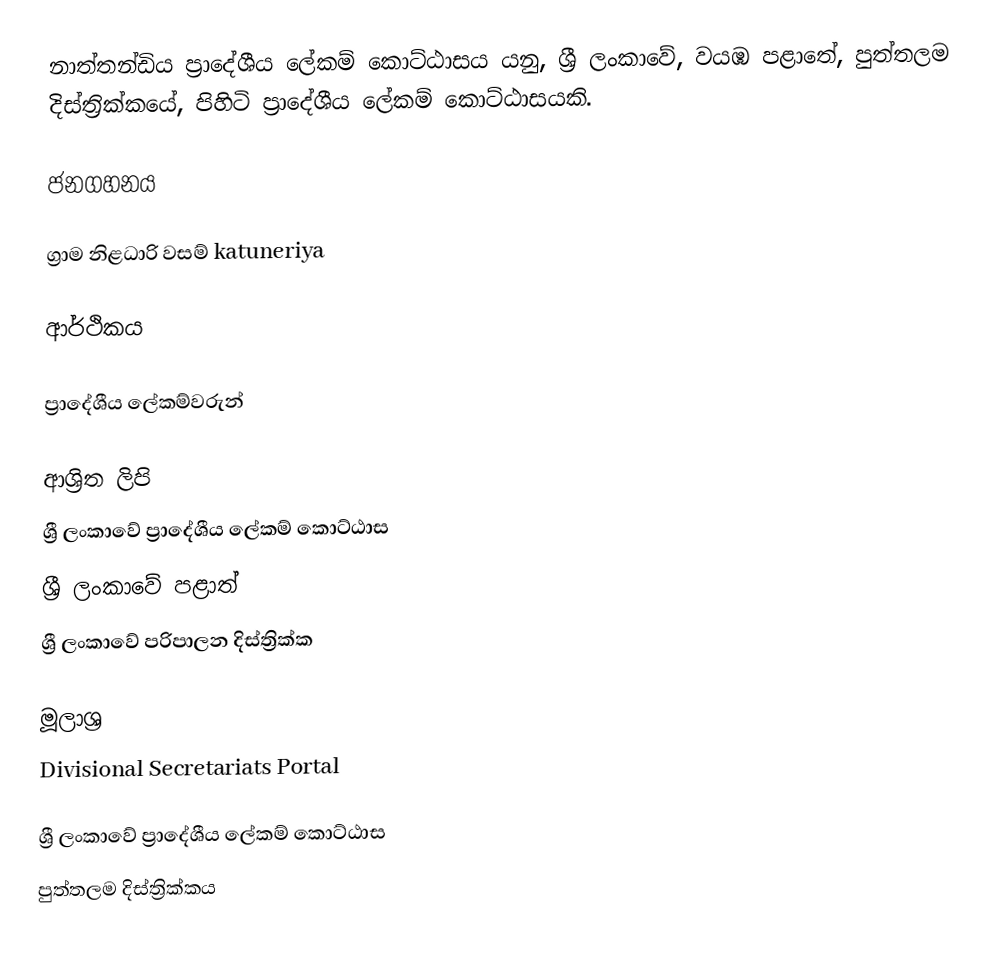
නාත්තන්ඩිය ප්‍රාදේශීය ලේකම් කොට්ඨාසය යනු,  ශ්‍රී ලංකාවේ, වයඹ පළාතේ,   පුත්තලම දිස්ත්‍රික්කයේ, පිහිටි ප්‍රාදේශීය ලේකම් කොට්ඨාසයකි.

ජනගහනය

ග්‍රාම නිළධාරි වසම් katuneriya

ආර්ථිකය

ප්‍රාදේශීය ලේකම්වරුන්

ආශ්‍රිත ලිපි
ශ්‍රී ලංකාවේ ප්‍රාදේශීය ලේකම් කොට්ඨාස
ශ්‍රී ලංකාවේ පළාත්
ශ්‍රී ලංකාවේ පරිපාලන දිස්ත්‍රික්ක

මූලාශ්‍ර
 Divisional Secretariats Portal

ශ්‍රී ලංකාවේ ප්‍රාදේශීය ලේකම් කොට්ඨාස
පුත්තලම දිස්ත්‍රික්කය